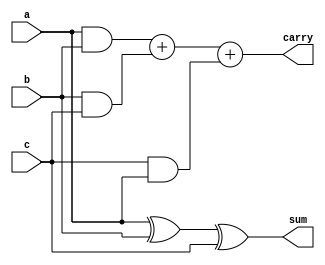
`timescale 1ns / 1ps
//////////////////////////////////////////////////////////////////////////////////
// Company: 
// Engineer: 
// 
// Design Name: 
// Module Name:    full_adder 
// Project Name: 
// Target Devices: 
// Tool versions: 
// Description: 
//
// Dependencies: 
//
// Revision: 
// Revision 0.01 - File Created
// Additional Comments: 
//
//////////////////////////////////////////////////////////////////////////////////
module full_adder(a,b,c,sum,carry);
input a,b,c;
output sum,carry;
assign sum=a^b^c;
assign carry=(a&b)+(b&c)+(c&a);
endmodule